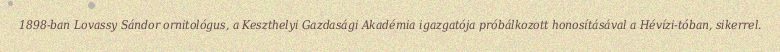
1898-ban Lovassy Sándor ornitológus, a Keszthelyi Gazdasági Akadémia igazgatója próbálkozott honosításával a Hévízi-tóban, sikerrel.